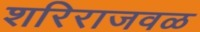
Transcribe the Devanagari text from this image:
शरिराजवळ